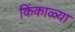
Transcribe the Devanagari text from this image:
किंकाळ्या